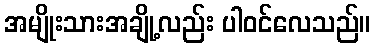
အမျိုးသားအချို့လည်း ပါဝင်လေသည်။